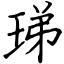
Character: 珶